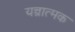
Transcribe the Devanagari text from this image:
यन्त्रात्मक